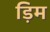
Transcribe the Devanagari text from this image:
ड़िम